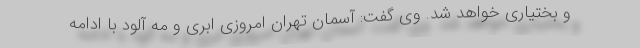
و بختیاری خواهد شد. وی گفت: آسمان تهران امروزی ابری و مه آلود با ادامه